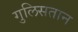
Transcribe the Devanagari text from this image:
गुलिसतान